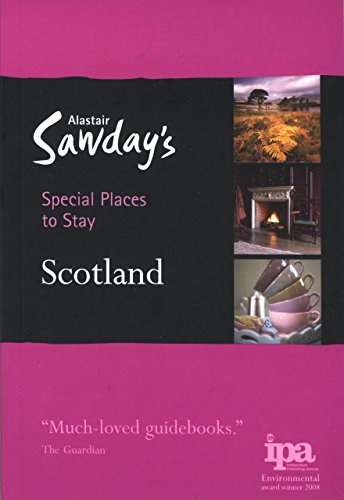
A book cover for Special Places to Stay: Scotland; Alastair Sawday Publishing Co Ltd.; Travel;